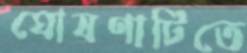
ঘোষণাটিতে